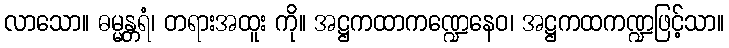
လာသော။ ဓမ္မန္တရံ၊ တရားအထူး ကို။ အဋ္ဌကထာကဏ္ဍေနေဝ၊ အဋ္ဌကထကဏ္ဍဖြင့်သာ။